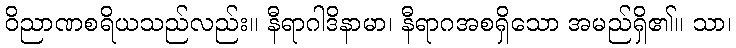
ဝိညာဏစရိယသည်လည်း။ နီရာဂါဒိနာမာ၊ နီရာဂအစရှိသော အမည်ရှိ၏။ သာ၊